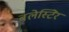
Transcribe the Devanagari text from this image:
बलेस्टिेर